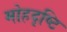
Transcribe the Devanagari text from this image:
मोहदृष्टि